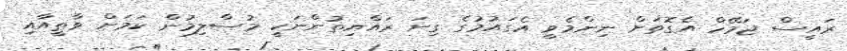
ރައީސް ޖަމޭހް އެގޮތަށް ނިންމެވީ އެގައުމުގެ ގިނަ ރައްޔިތުންނަކީ މުސްލިމުން ކަމަށް ވާތީއާއި